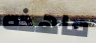
ماهذه